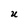
Character: U